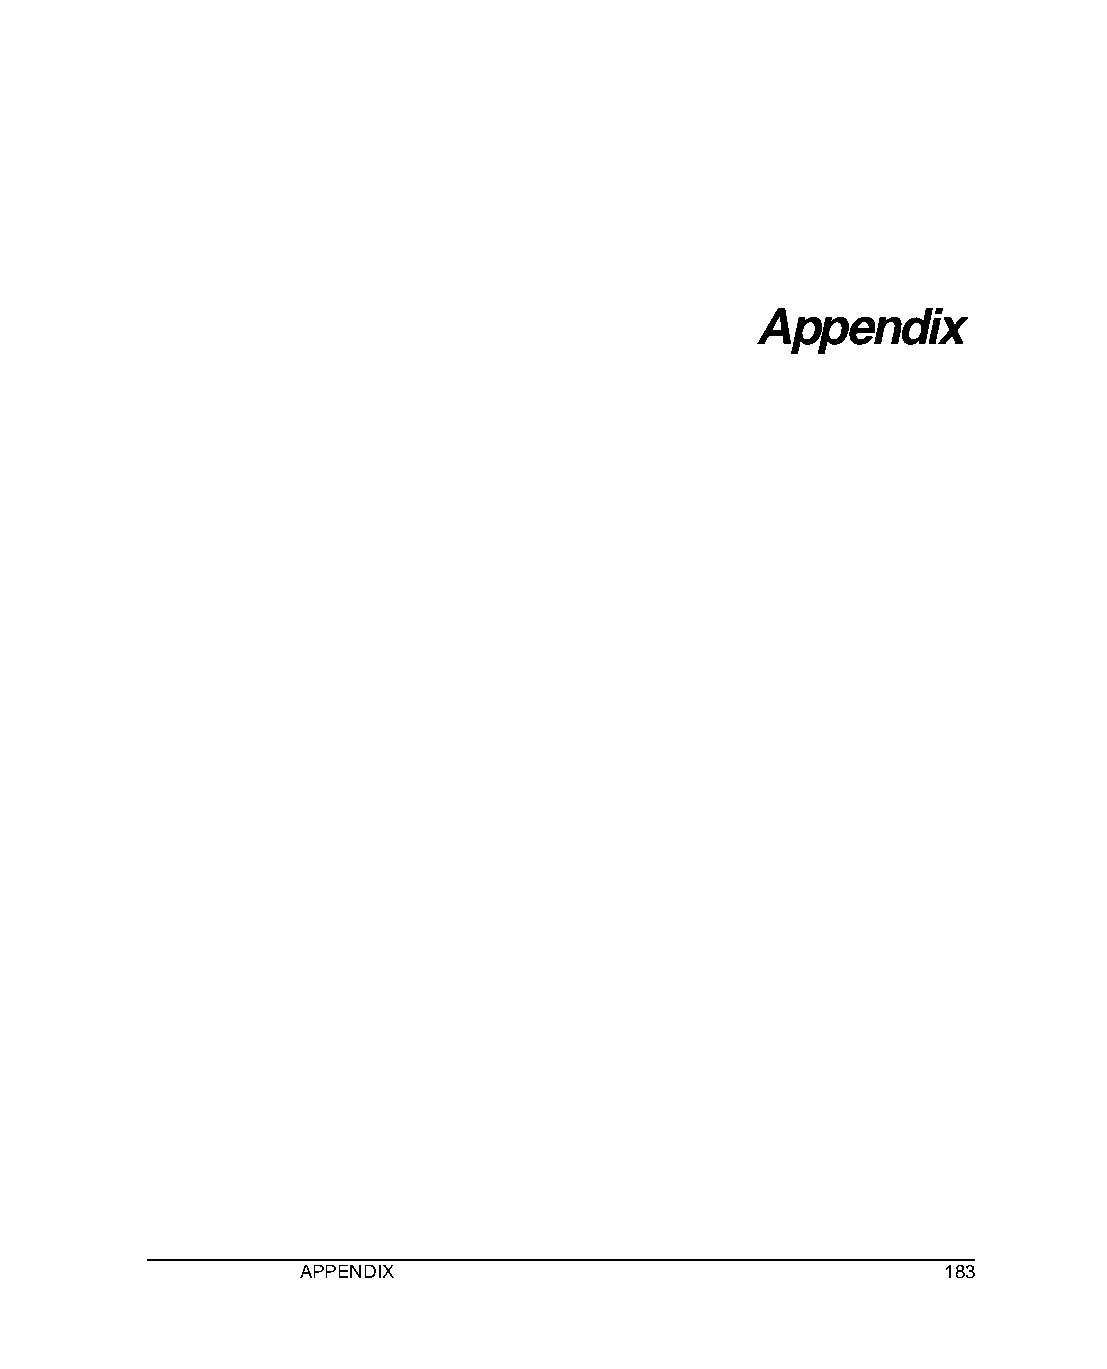
Appendix
 Appendix
 APPENDIX                                  183